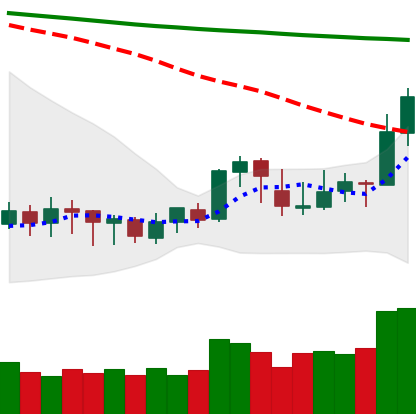
Ticker: XLM-USD
Chart end date: 2020-01-15
Forward return: 13.242%
Label: up_7plus